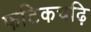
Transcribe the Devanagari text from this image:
फटिकचढ़ि